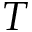
T